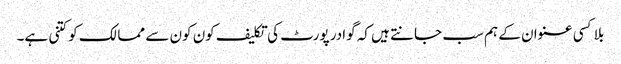
بلا کسی عنوان کے ہم سب جانتے ہیں کہ گوادر پورٹ کی تکلیف کون کون سے ممالک کو کتنی ہے۔